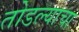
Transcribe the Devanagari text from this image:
तोडल्याचा